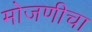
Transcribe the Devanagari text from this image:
मोजणीचा